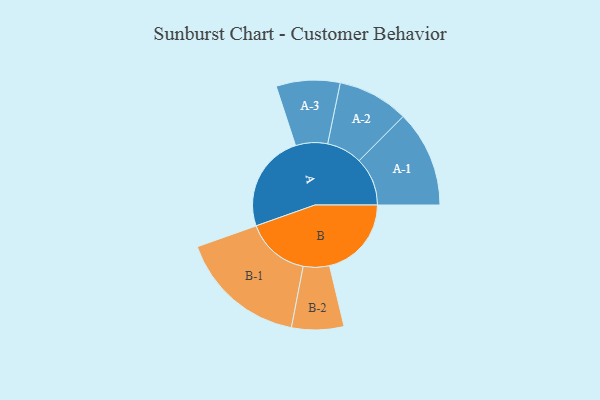
{"axis": {"x": "Segment", "y": "Value"}, "legend": ["", "A", "B"], "data": [{"x": "A", "y": 405, "type": ""}, {"x": "B", "y": 339, "type": ""}, {"x": "A-1", "y": 200, "type": "A"}, {"x": "A-2", "y": 147, "type": "A"}, {"x": "A-3", "y": 132, "type": "A"}, {"x": "B-1", "y": 264, "type": "B"}, {"x": "B-2", "y": 108, "type": "B"}]}